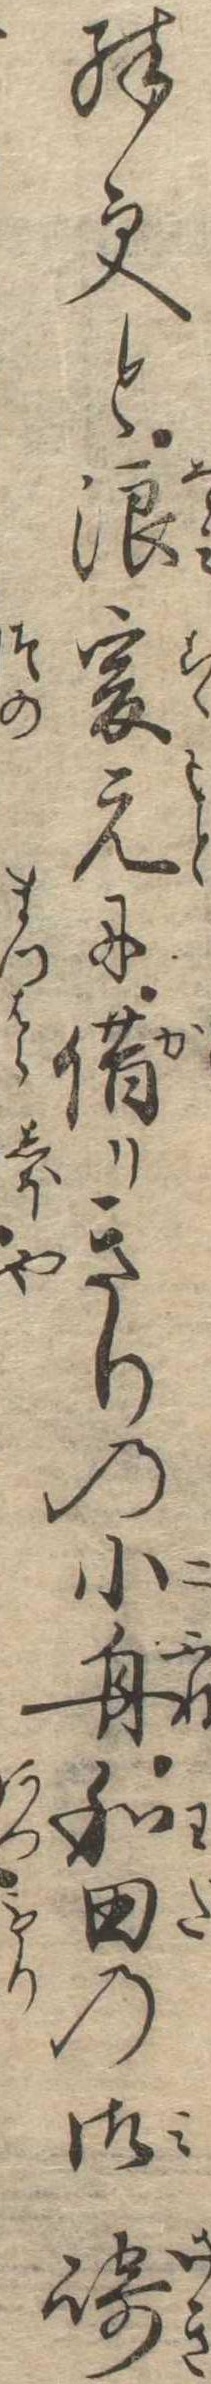
殊更と浪爰元に借りきりの小舟和田の御崎